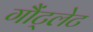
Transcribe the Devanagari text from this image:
गौंट्लेट